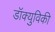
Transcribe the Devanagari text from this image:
डॉक्युविकी